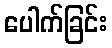
ပေါက်ခြင်း